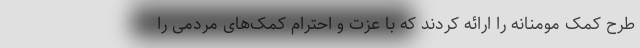
طرح کمک مومنانه را ارائه کردند که با عزت و احترام کمک‌های مردمی را